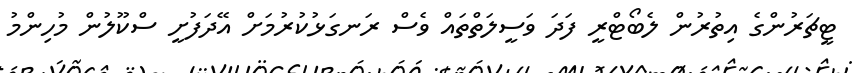
ޓީޗަރުންގެ އިތުރުން ލެބޯޓްރީ ފަދަ ވަސީލަތްތައް ވެސް ރަނގަޅުކުރުމަށް އޭދަފުށީ ސްކޫލުން މުހިންމު